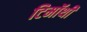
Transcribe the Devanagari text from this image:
टिमॉथी